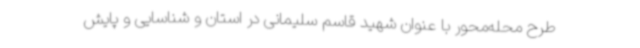
طرح محله‌محور با عنوان شهید قاسم سلیمانی در استان و شناسایی و پایش